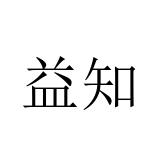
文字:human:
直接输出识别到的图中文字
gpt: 益知